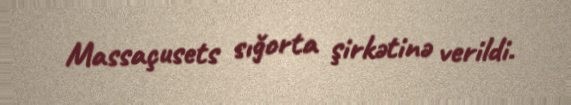
Massaçusets sığorta şirkətinə verildi.